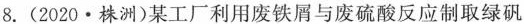
8.(2020·株洲)某工厂利用废铁屑与废硫酸反应制取绿矾